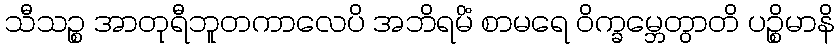
သီသဉ္စ အာတုရီဘူတကာလေပိ အဘိရမိံ စာမရေ ဝိက္ခမ္ဘေတွာတိ ပဉ္စိမာနိ